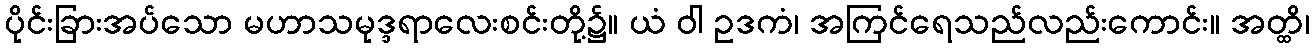
ပိုင်းခြားအပ်သော မဟာသမုဒ္ဒရာလေးစင်းတို့၌။ ယံ ဝါ ဥဒကံ၊ အကြင်ရေသည်လည်းကောင်း။ အတ္ထိ၊